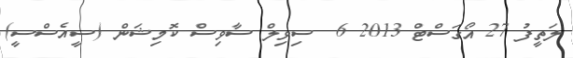
ލަތީފު 27 އޯގަސްޓް 2013 6  ސިވިލް ސާވިސް ކޮމިޝަން (ސީއެސްސީ)